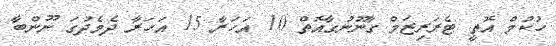
ހުކުމް އޮތީ ޓެރަރިޒަމް ގާނޫނުގާއޮތް 10 އަހަރާ 15 އަހަރާ ދެމެދުގަ ނޫންބާ